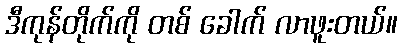
ဒီကုန်တိုက်ကို တစ် ခေါက် လာဖူးတယ်။